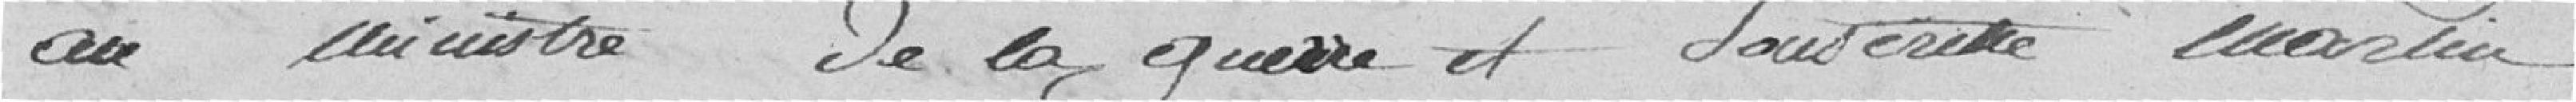
au ministre de la guerre et souscrite Martin